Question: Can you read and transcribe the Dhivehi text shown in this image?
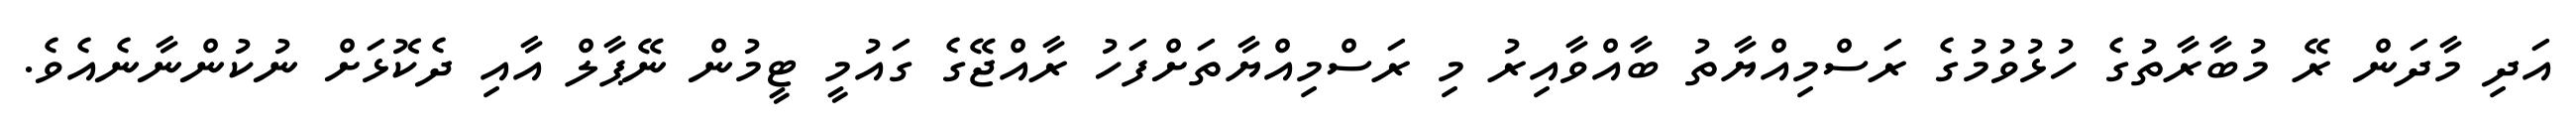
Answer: އަދި މާދަން ރޭ މުބާރާތުގެ ހުޅުވުމުގެ ރަސްމިއްޔާތު ބާއްވާއިރު މި ރަސްމިއްޔާތަށްފަހު ރާއްޖޭގެ ގައުމީ ޓީމުން ނޭޕާލް އާއި ދެކޮޅަށް ނުކުންނާނެއެވެ.